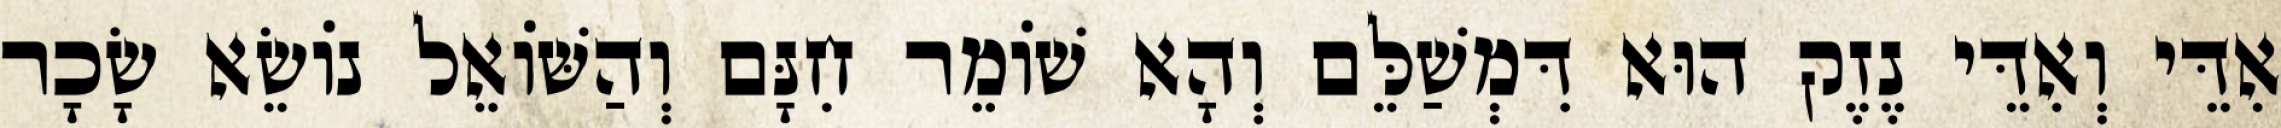
אִדֵּי וְאִדֵּי נֶזֶק הוּא דִּמְשַׁלֵּם וְהָא שׁוֹמֵר חִנָּם וְהַשּׁוֹאֵל נוֹשֵׂא שָׂכָר